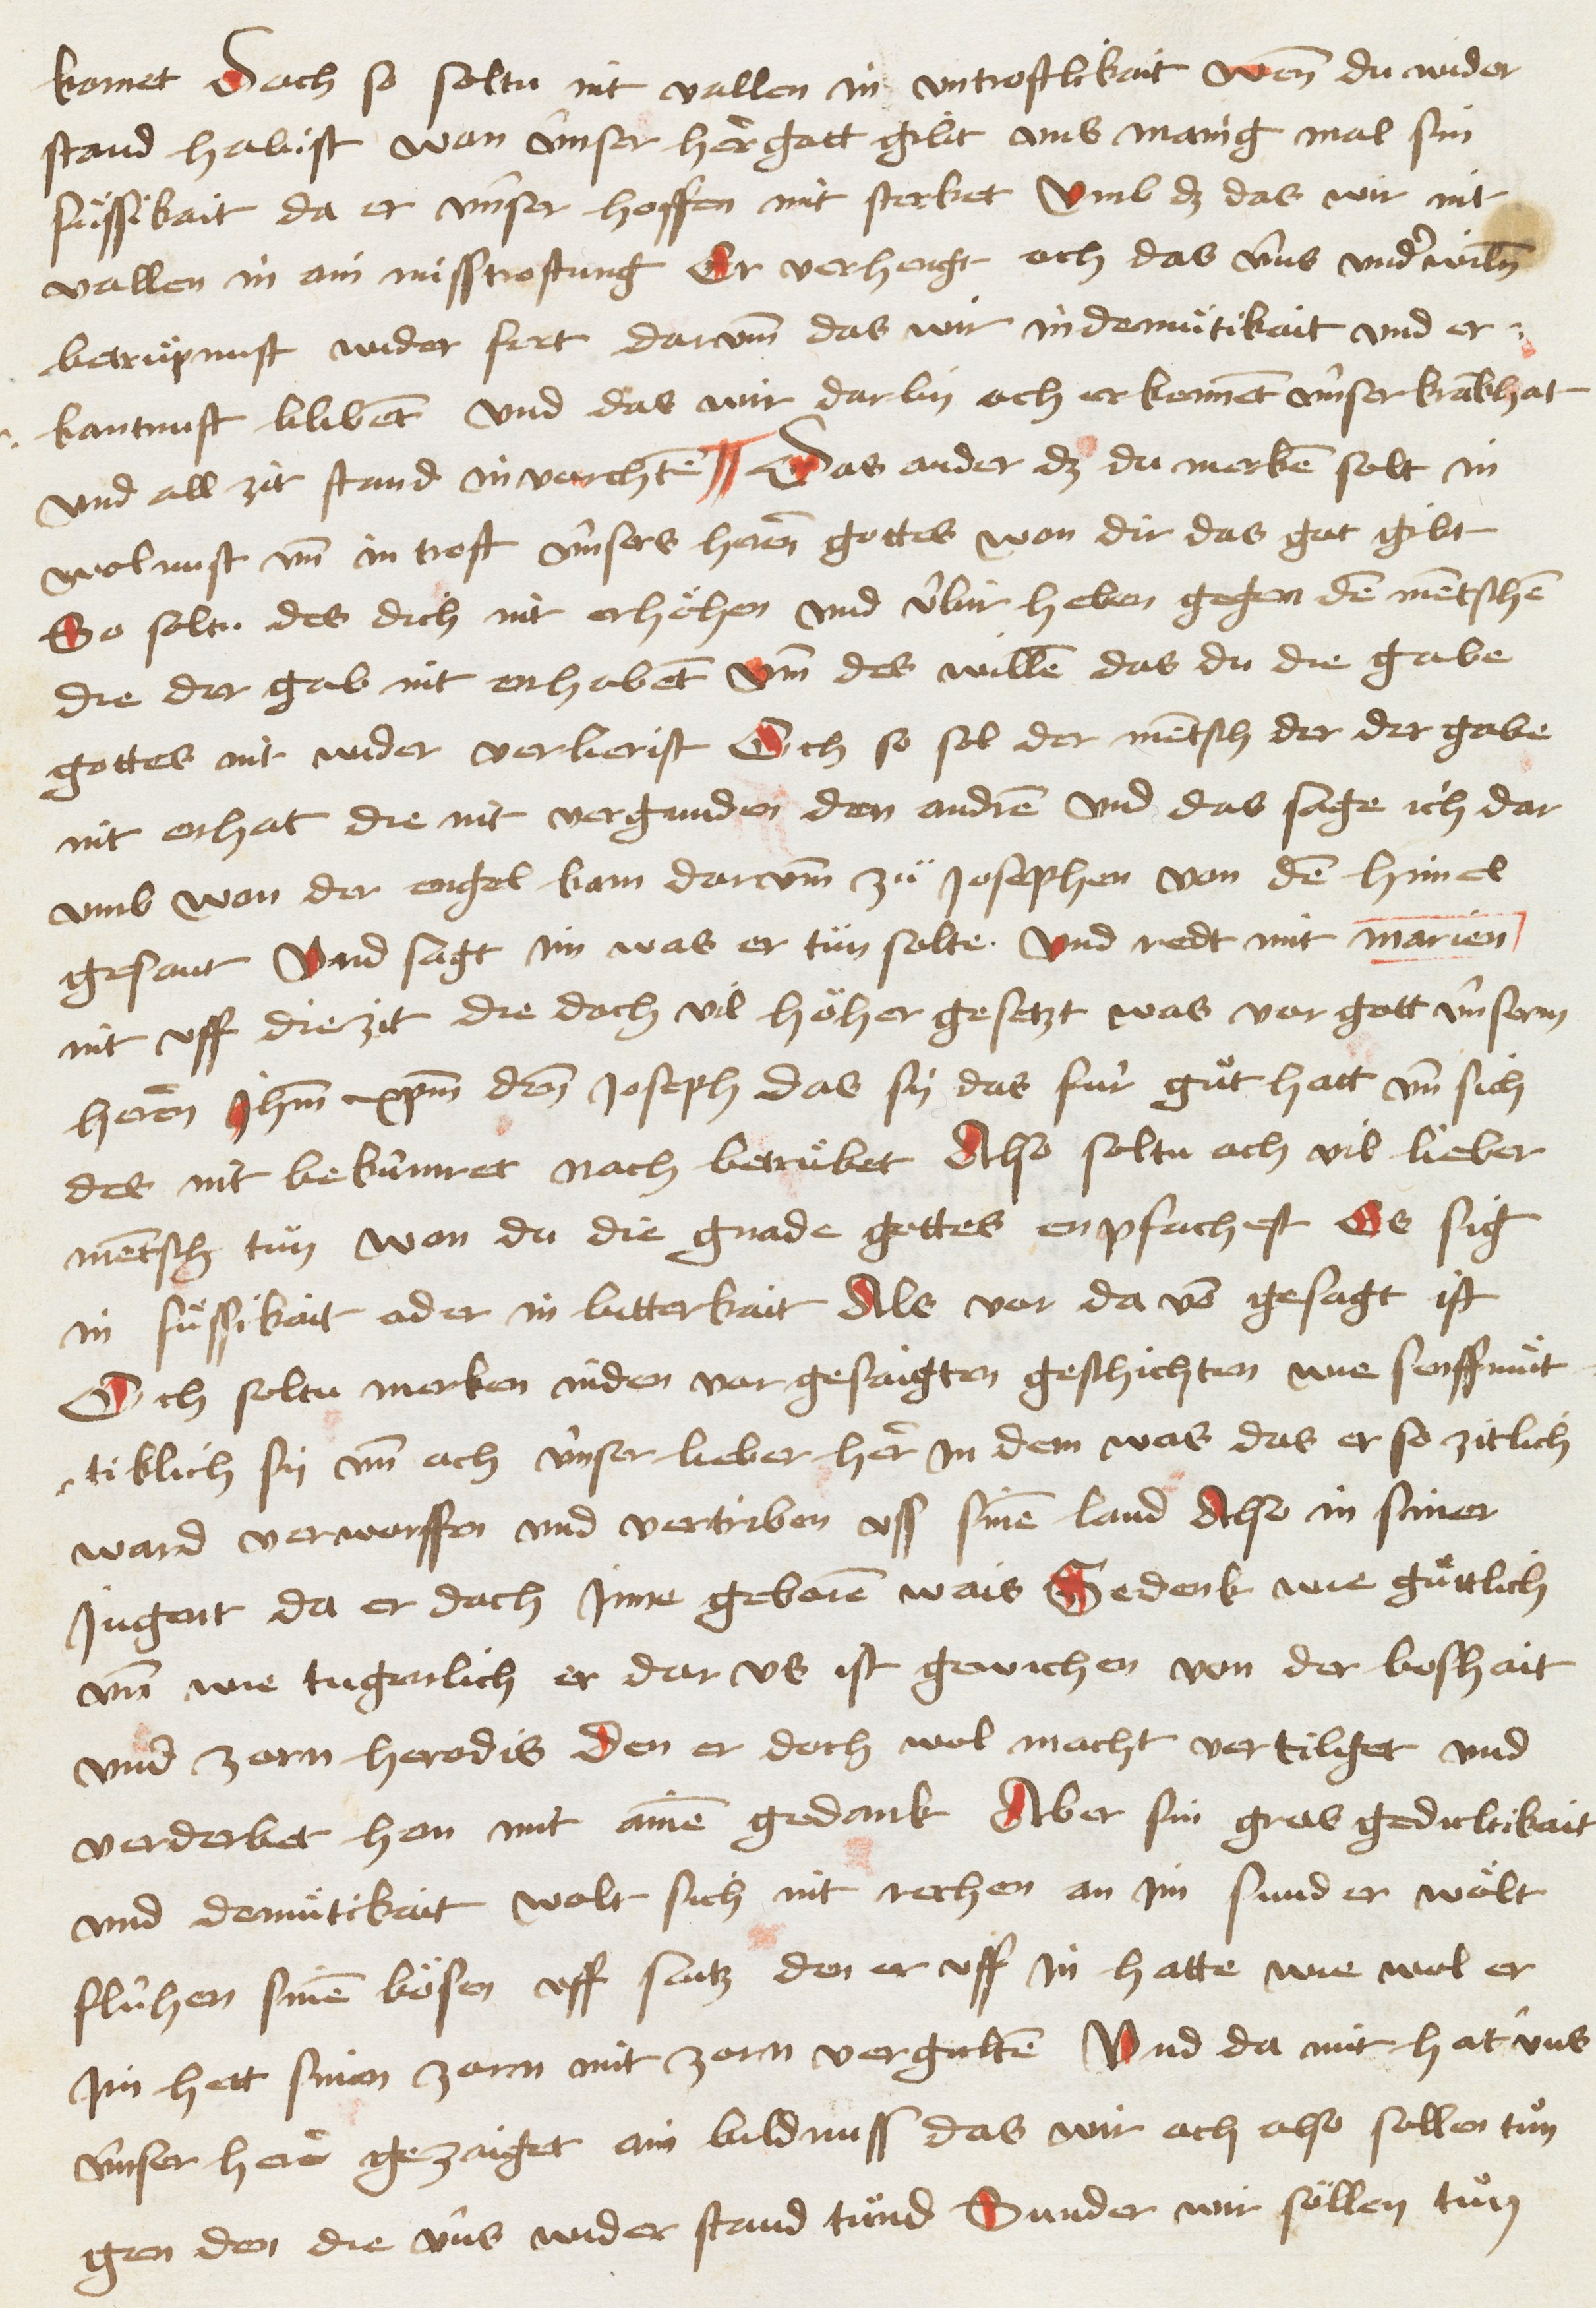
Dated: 1467–1467